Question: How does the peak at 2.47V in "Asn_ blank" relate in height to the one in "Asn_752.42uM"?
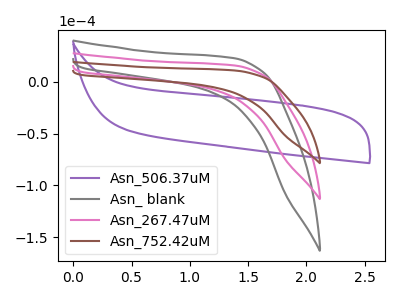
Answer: <think>The purple curve "Asn_506.37uM" has no peaks. The gray curve "Asn_ blank" has no peaks. The pink curve "Asn_267.47uM" has no peaks. The brown curve "Asn_752.42uM" has no peaks.</think>
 <answer>"Asn_ blank" and "Asn_752.42uM" dont share a peak at 2.47V.</answer>
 <eval>mismatch</eval>